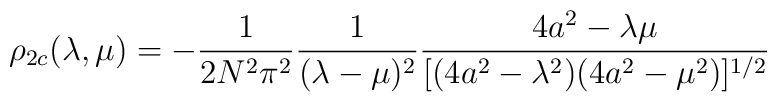
\rho_{2c}(\lambda,\mu) = - {1\over{2N^{2}\pi^{2}}}{1\over{(\lambda-\mu)^{2}}} {{4a^{2} - \lambda\mu}\over{[(4a^{2} -\lambda^{2})(4a^{2} - \mu^{2})]^{1/2}}}